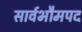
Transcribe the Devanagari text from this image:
सार्वभौमपद